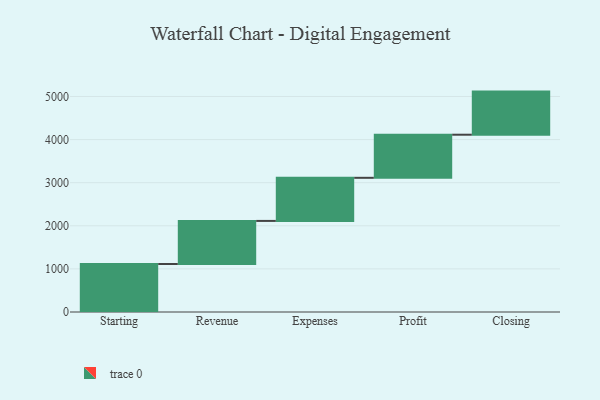
{"axis": {"x": "Step", "y": "Value"}, "legend": [""], "data": [{"x": "Starting", "y": 1113.0, "type": ""}, {"x": "Revenue", "y": 1000, "type": ""}, {"x": "Expenses", "y": 1000, "type": ""}, {"x": "Profit", "y": 1000, "type": ""}, {"x": "Closing", "y": 1000, "type": ""}]}